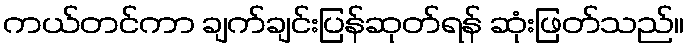
ကယ်တင်ကာ ချက်ချင်းပြန်ဆုတ်ရန် ဆုံးဖြတ်သည်။